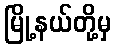
မြို့နယ်တို့မှ